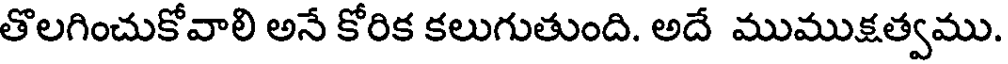
తొలగించుకోవాలి అనే కోరిక కలుగుతుంది. అదే ముముక్షత్వము.